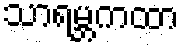
သာရမ္ဘကထာ